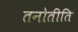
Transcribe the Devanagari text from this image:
तनोतीति